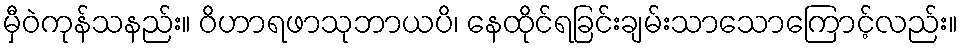
မှီဝဲကုန်သနည်း။ ဝိဟာရဖာသုဘာယပိ၊ နေထိုင်ရခြင်းချမ်းသာသောကြောင့်လည်း။